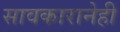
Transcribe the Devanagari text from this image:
सावकारानेही